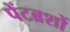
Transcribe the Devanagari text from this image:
पेंटब्रशों